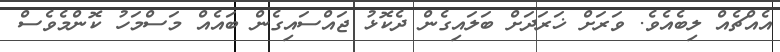
އެއްޗެއް ލިބެއެވެ. ވަރަށް ޚަރަދަށް ބަލައިގެން ދެކޮޅު ޖައްސައިގެން ބައެއް މަސްމަހު ކޮންމެވެސް